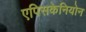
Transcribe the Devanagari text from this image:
एपिसकेनियोन